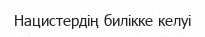
Нацистердің билікке келуі